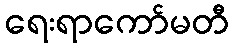
ရေးရာကော်မတီ